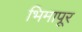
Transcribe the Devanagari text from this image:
भिमापूर